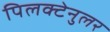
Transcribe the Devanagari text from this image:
पिलक्टेनुलर